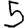
Digit: 5